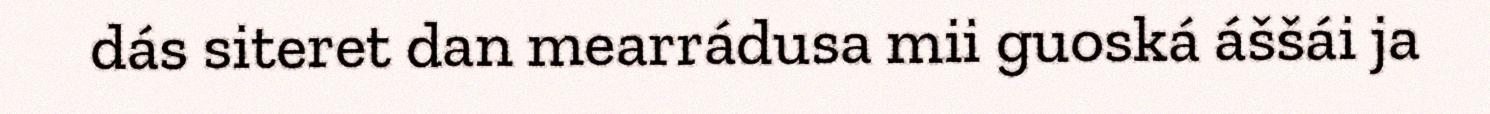
dás siteret dan mearrádusa mii guoská áššái ja